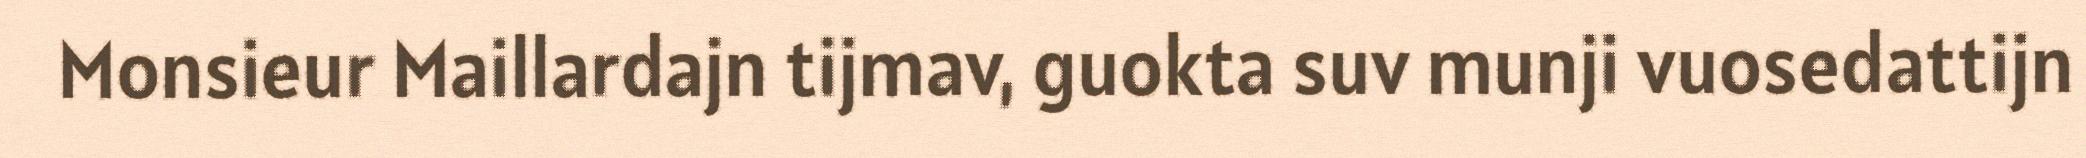
Monsieur Maillardajn tijmav, guokta suv munji vuosedattijn